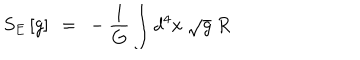
S _ { E } \left[ g \right] ~ = ~ - { \frac { 1 } { G } } \int d ^ { 4 } x ~ \sqrt g ~ R